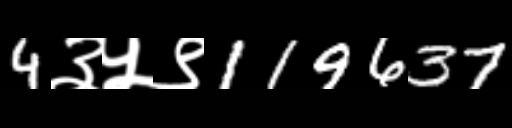
Text: 4३५९119637